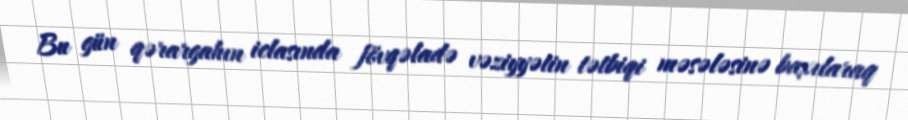
Bu gün qərargahın iclasında fövqəladə vəziyyətin tətbiqi məsələsinə baxılaraq